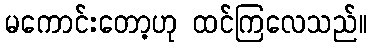
မကောင်းတော့ဟု ထင်ကြလေသည်။